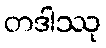
တဒါဿု